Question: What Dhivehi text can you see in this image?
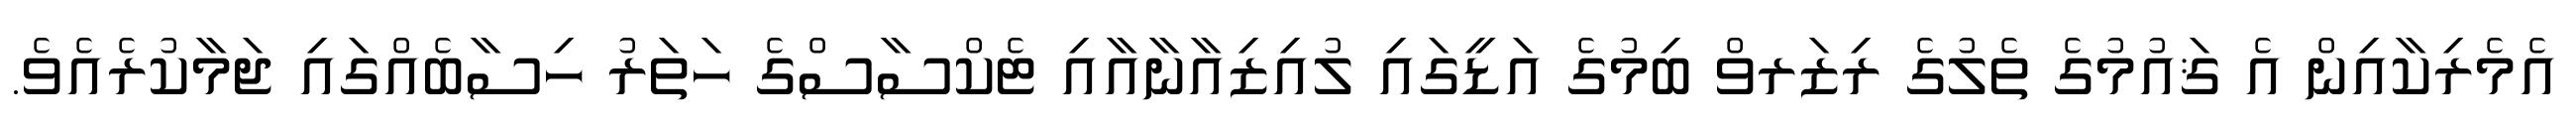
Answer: އެމެރިކާއިން އެ ޤައުމުގެ ތެލުގެ ރިޒަރވް ބިމުގެ އަޑީގައި ލުއިޒިއާނާއާއި ޓެކްސާސްގެ ހަތަރު ހިސާބެއްގައި ޖަމާކުރެއެވެ.